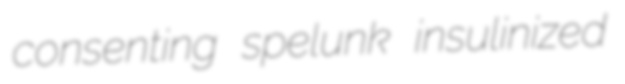
consenting spelunk insulinized